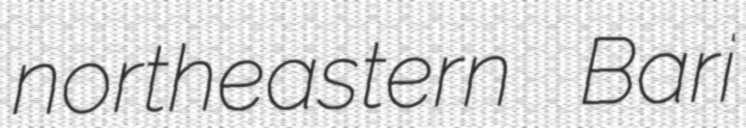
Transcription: northeastern Bari